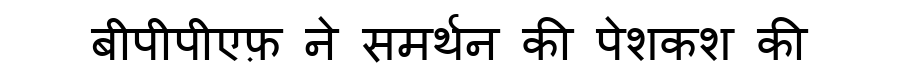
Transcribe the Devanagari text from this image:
बीपीपीएफ़ ने समर्थन की पेशकश की